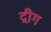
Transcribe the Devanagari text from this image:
द्रीग